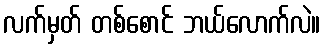
လက်မှတ် တစ်စောင် ဘယ်လောက်လဲ။